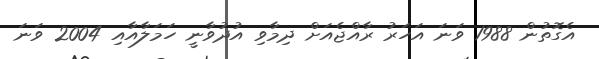
އެގޮތުން 1988 ވަނަ އަހަރު ރާއްޖެއަށް ދިމާވި އުދުވާނީ ހަމަލާއާއި 2004 ވަނަ